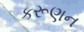
કરૂણન